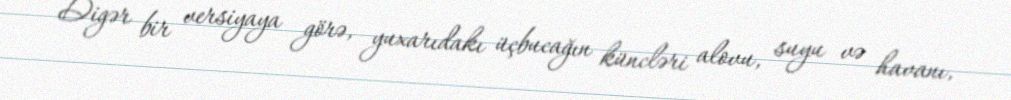
Digər bir versiyaya görə, yuxarıdakı üçbucağın küncləri alovu, suyu və havanı,